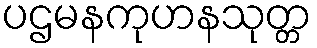
ပဌမနကုဟနသုတ္တ